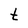
Character: t